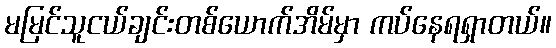
မမြင်သူငယ်ချင်းတစ်ယောက်အိမ်မှာ ကပ်နေရရှာတယ်။